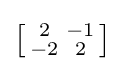
\left[{\begin{smallmatrix}2&-1\\-2&2\end{smallmatrix}}\right]